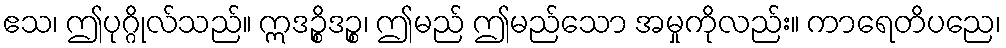
ဧသ၊ ဤပုဂ္ဂိုလ်သည်။ ဣဒဉ္စိဒဉ္စ၊ ဤမည် ဤမည်သော အမှုကိုလည်း။ ကာရေတိပညေ၊